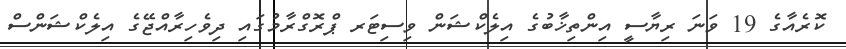
ކޮރެއާގެ 19 ވަނަ ރިޔާސީ އިންތިޚާބުގެ އިލެކްޝަން ވިސިޓަރ ޕްރޮގްރާމުގައި ދިވެހިރާއްޖޭގެ އިލެކްޝަންސް